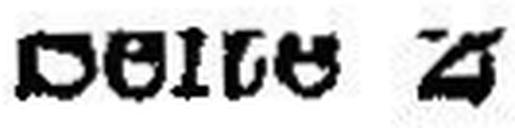
Seite 2